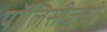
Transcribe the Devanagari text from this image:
पॉलिसीजची